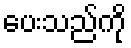
ပေးသည်ကို